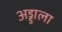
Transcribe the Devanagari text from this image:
अड्डाला